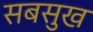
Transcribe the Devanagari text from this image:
सबसुख